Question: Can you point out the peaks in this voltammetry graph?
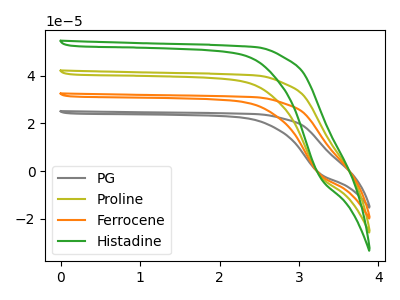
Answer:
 <answer>The gray curve "PG" has no peaks. The olive curve "Proline" has no peaks. The orange curve "Ferrocene" has no peaks. The green curve "Histadine" has no peaks.</answer>
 <eval></eval>